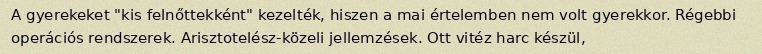
A gyerekeket "kis felnőttekként" kezelték, hiszen a mai értelemben nem volt gyerekkor. Régebbi operációs rendszerek. Arisztotelész-közeli jellemzések. Ott vitéz harc készül,